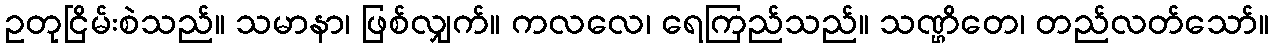
ဥတုငြိမ်းစဲသည်။ သမာနာ၊ ဖြစ်လျှက်။ ကလလေ၊ ရေကြည်သည်။ သဏ္ဌိတေ၊ တည်လတ်သော်။